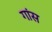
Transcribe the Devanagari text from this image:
गांस